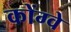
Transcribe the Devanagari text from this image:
कोंग्वे